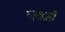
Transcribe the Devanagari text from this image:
याखाली